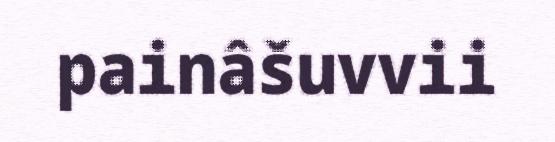
painâšuvvii